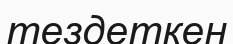
тездеткен